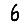
Digit: 6